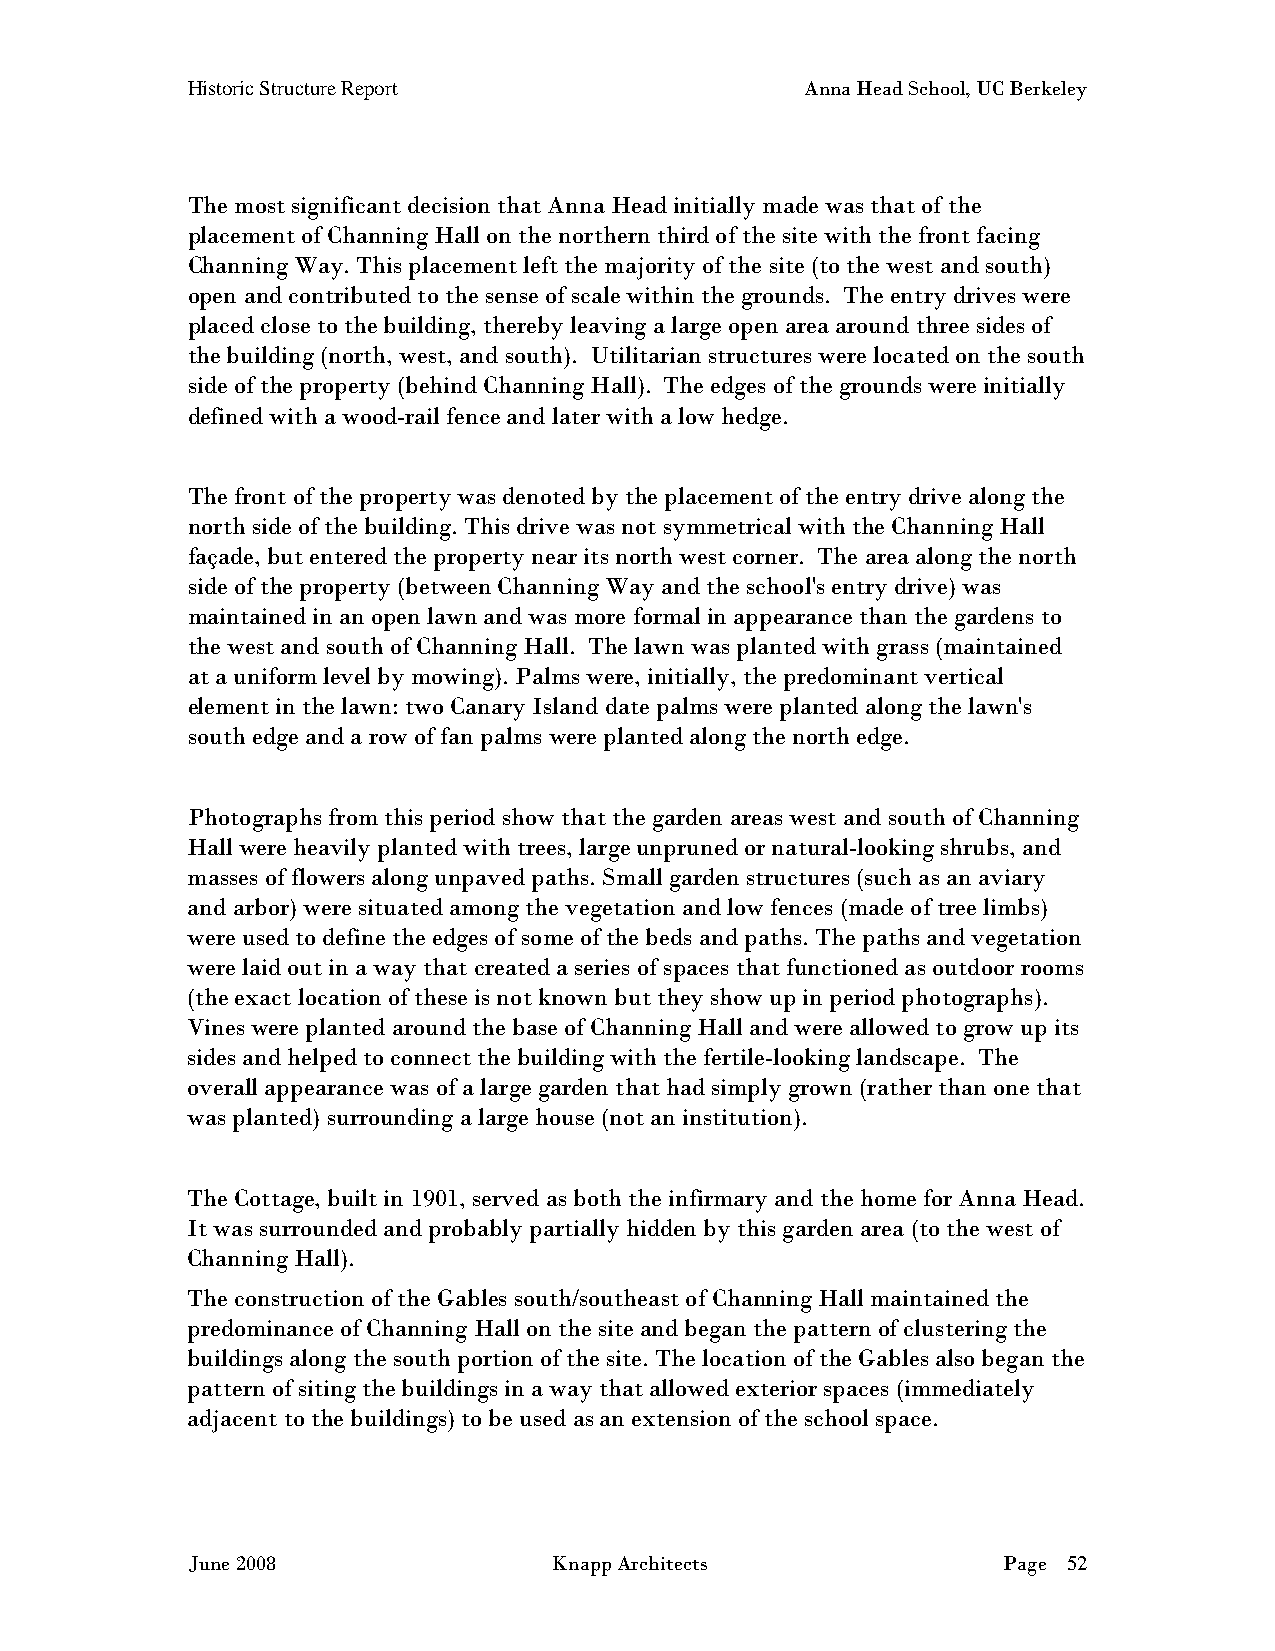
Historic Structure Report                Anna Head School, UC Berkeley
 The most significant decision that Anna Head initially made was that of the
 placement of Channing Hall on the northern third of the site with the front facing
 Channing Way. This placement left the majority of the site (to the west and south)
 open and contributed to the sense of scale within the grounds. The entry drives were
 placed close to the building, thereby leaving a large open area around three sides of
 the building (north, west, and south). Utilitarian structures were located on the south
 side of the property (behind Channing Hall). The edges of the grounds were initially
 defined with a wood-rail fence and later with a low hedge.
 The front of the property was denoted by the placement of the entry drive along the
 north side of the building. This drive was not symmetrical with the Channing Hall
 façade, but entered the property near its north west corner. The area along the north
 side of the property (between Channing Way and the school's entry drive) was
 maintained in an open lawn and was more formal in appearance than the gardens to
 the west and south of Channing Hall. The lawn was planted with grass (maintained
 at a uniform level by mowing). Palms were, initially, the predominant vertical
 element in the lawn: two Canary Island date palms were planted along the lawn's
 south edge and a row of fan palms were planted along the north edge.
 Photographs from this period show that the garden areas west and south of Channing
 Hall were heavily planted with trees, large unpruned or natural-looking shrubs, and
 masses of flowers along unpaved paths. Small garden structures (such as an aviary
 and arbor) were situated among the vegetation and low fences (made of tree limbs)
 were used to define the edges of some of the beds and paths. The paths and vegetation
 were laid out in a way that created a series of spaces that functioned as outdoor rooms
 (the exact location of these is not known but they show up in period photographs).
 Vines were planted around the base of Channing Hall and were allowed to grow up its
 sides and helped to connect the building with the fertile-looking landscape. The
 overall appearance was of a large garden that had simply grown (rather than one that
 was planted) surrounding a large house (not an institution).
 The Cottage, built in 1901, served as both the infirmary and the home for Anna Head.
 It was surrounded and probably partially hidden by this garden area (to the west of
 Channing Hall).
 The construction of the Gables south/southeast of Channing Hall maintained the
 predominance of Channing Hall on the site and began the pattern of clustering the
 buildings along the south portion of the site. The location of the Gables also began the
 pattern of siting the buildings in a way that allowed exterior spaces (immediately
 adjacent to the buildings) to be used as an extension of the school space.
 June 2008                Knapp Architects             Page 52